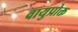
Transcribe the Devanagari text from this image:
वायुप्रोक्त